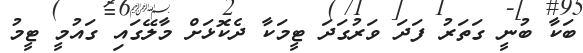
ބަކާ ބުނީ ގަތަރު ފަދަ ވަރުގަދަ ޓީމަކާ ދެކޮޅަށް މާލޭގައި ގައުމީ ޓީމު